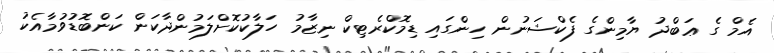
އެމް ގެ ޢަބްދު ޔާމިންގެ ފެކްޝަނުން ހިންގައި ޑިމޮކްރެޓިކް ނިޒާމު ހަލާކުކޮށްލަމުންދާކަން ކަންބޮޑުވުމާއެކު